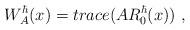
LaTeX: \begin{align*} W^{\hbar}_A(x)=trace({A}{R}_0^{\hbar}(x)) \ , \end{align*}